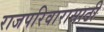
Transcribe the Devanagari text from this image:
राजपरिवारासाठी